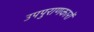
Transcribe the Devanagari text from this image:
उपपुराणकारों